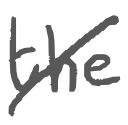
Text: the
Cross-out: diagonal
Writing tool: digital_gray